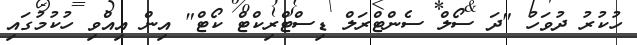
ހުކުރު ދުވަހު "ދަ ސޯލް ސެންޓްރަލް ޑިސްޓްރިކްޓް ކޯޓް" އިން އިއްވި ހުކުމުގައި